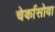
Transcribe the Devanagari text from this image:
चेर्कासोवा